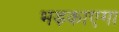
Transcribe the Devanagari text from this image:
भड़काएगा